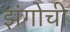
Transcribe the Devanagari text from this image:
झंगोची